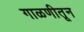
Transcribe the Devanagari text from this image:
गाळणीतून